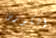
الكورس